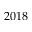
2 0 1 8